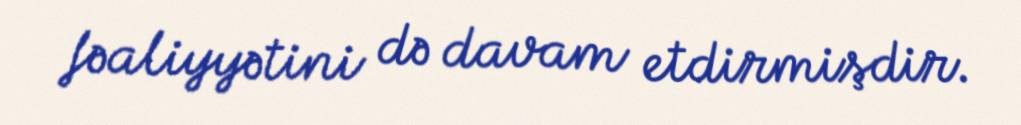
fəaliyyətini də davam etdirmişdir.